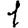
Digit: 1